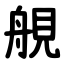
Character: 䚀